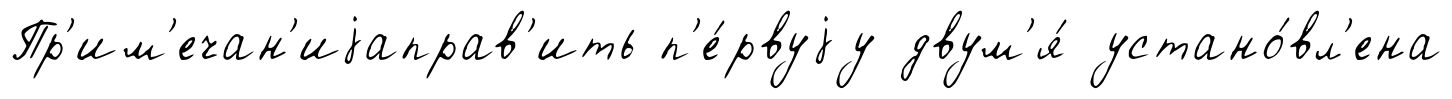
Пр'им'ечан'иjаправ'ить п'е́рвуjу двум'я́ устано́вл'ена